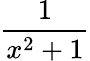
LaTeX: \frac{1}{x^{2}+1}